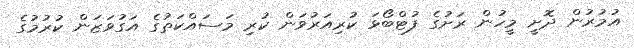
އުމުރުން ދޮށީ މީހުން ރަށުގެ ފުޓްބޯޅަ ކުރިއަރުވަން ކުރި މަސައްކަތުގެ އަގުވަޒަން ކުރުމުގެ